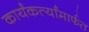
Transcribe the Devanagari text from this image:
कार्यंकर्त्यांमार्फत